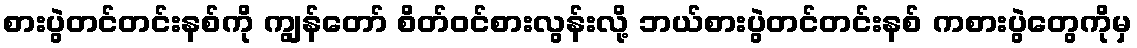
စားပွဲတင်တင်းနစ်ကို ကျွန်တော် စိတ်ဝင်စားလွန်းလို့ ဘယ်စားပွဲတင်တင်းနစ် ကစားပွဲတွေကိုမှ